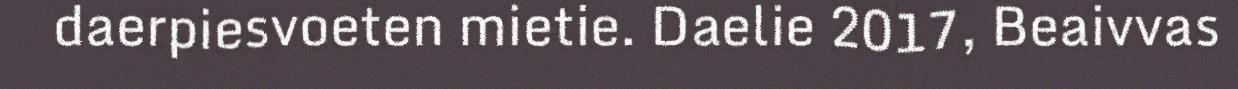
daerpiesvoeten mietie. Daelie 2017, Beaivvas